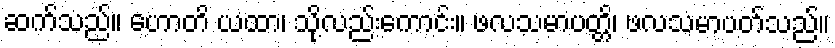
ဆက်သည်။ ဟောတိ ယထာ၊ သို့လည်းကောင်း။ ဖလသမာပတ္တိ၊ ဖလသမာပတ်သည်။